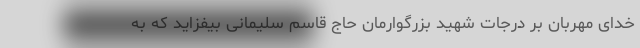
خدای مهربان بر درجات شهید بزرگوارمان حاج قاسم سلیمانی بیفزاید که به